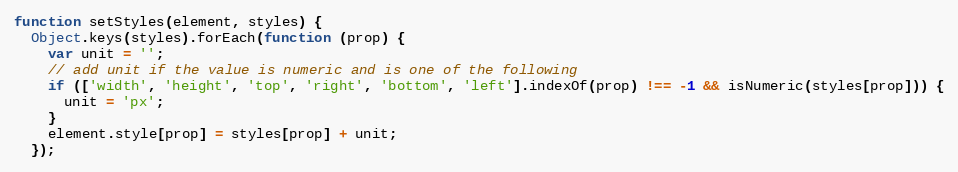
Language: JavaScript
function setStyles(element, styles) {
  Object.keys(styles).forEach(function (prop) {
    var unit = '';
    // add unit if the value is numeric and is one of the following
    if (['width', 'height', 'top', 'right', 'bottom', 'left'].indexOf(prop) !== -1 && isNumeric(styles[prop])) {
      unit = 'px';
    }
    element.style[prop] = styles[prop] + unit;
  });